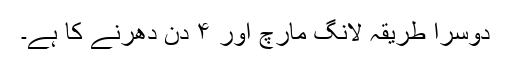
دوسرا طریقہ لانگ مارچ اور ۴ دن دھرنے کا ہے۔